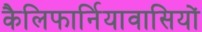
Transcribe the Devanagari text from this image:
कैलिफार्नियावासियों